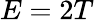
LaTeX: E=2T